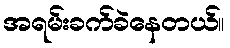
အရမ်းခက်ခဲနေတယ်။